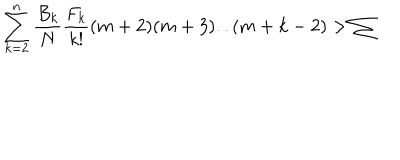
\sum _ { k = 2 } ^ { n } \frac { B _ { k } } { N } \frac { F _ { k } } { k ! } ( m + 2 ) ( m + 3 ) . . ( m + k - 2 ) > \sum